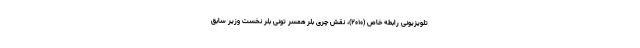
تلویزیونی رابطه خاص (۲۰۱۰)، نقش چری بلر همسر تونی بلر نخست وزیر سابق